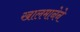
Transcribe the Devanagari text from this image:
खालमानेने